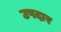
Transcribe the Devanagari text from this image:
उपदार